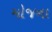
મોજના